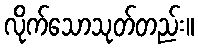
လိုက်သောသုတ်တည်း။